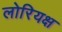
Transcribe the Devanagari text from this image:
लोरियक्ष